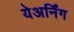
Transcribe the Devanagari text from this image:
येअर्निंग